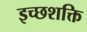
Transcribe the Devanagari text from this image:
इच्छशक्ति